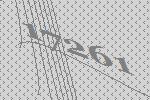
17261